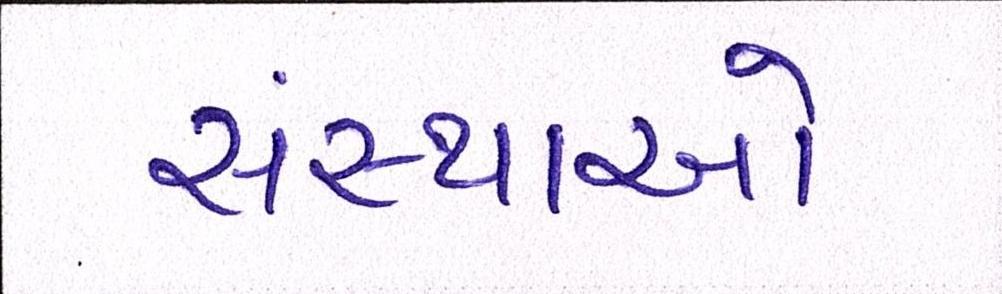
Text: સંસ્થાઓ